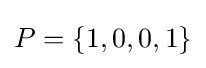
P=\{1,0,0,1\}